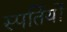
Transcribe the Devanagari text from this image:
स्पर्तियों